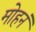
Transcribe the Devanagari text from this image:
मोहनं